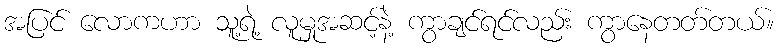
အပြင် လောကဟာ သူ့ရဲ့ လူမှုအဆင့်နဲ့ ကွာချင်ရင်လည်း ကွာနေတတ်တယ်။